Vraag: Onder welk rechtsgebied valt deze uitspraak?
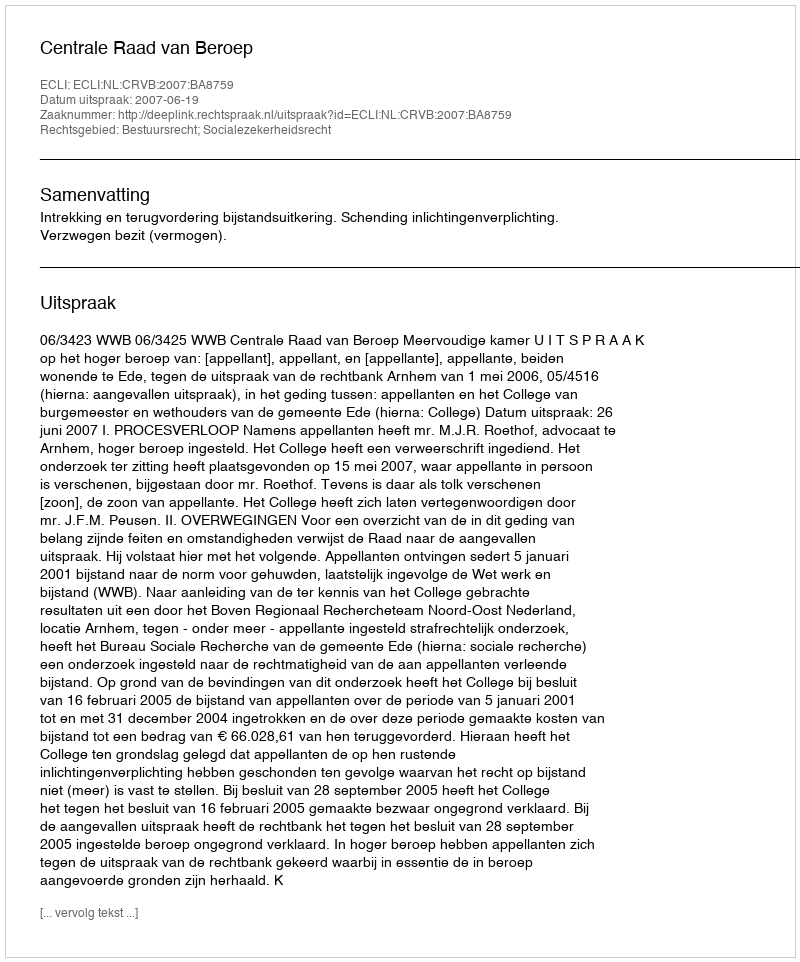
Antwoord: Bestuursrecht; Socialezekerheidsrecht